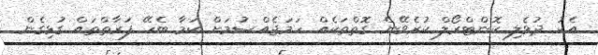
އެކު ދުވެލި ކޮންޓްރޯލް ކުރެވޭނެ ގޮތްތަކެއް ހަމަޖެއްސުމަށް ކަމާ ބެހޭ ފަރާތްތައް ގުޅިގެން